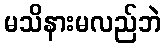
မသိနားမလည်ဘဲ